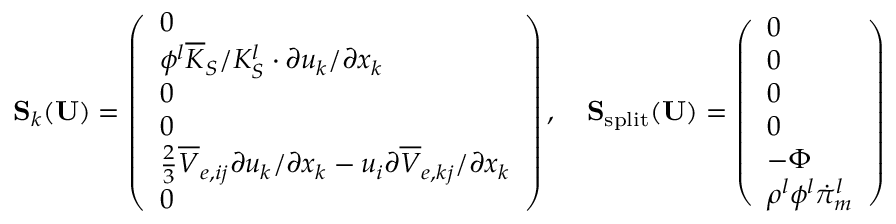
\mathbf { S } _ { k } ( \mathbf { U } ) = \left( \begin{array} { l } { 0 } \\ { \phi ^ { l } \overline { { K } } _ { S } / K _ { S } ^ { l } \cdot \partial u _ { k } / \partial x _ { k } } \\ { 0 } \\ { 0 } \\ { \frac { 2 } { 3 } \overline { { V } } _ { e , i j } \partial u _ { k } / \partial x _ { k } - u _ { i } \partial \overline { { V } } _ { e , k j } / \partial x _ { k } } \\ { 0 } \end{array} \right) , \quad \mathbf { S } _ { \mathrm { s p l i t } } ( \mathbf { U } ) = \left( \begin{array} { l } { 0 } \\ { 0 } \\ { 0 } \\ { 0 } \\ { - \boldsymbol \Phi } \\ { \rho ^ { l } \phi ^ { l } \dot { \pi } _ { m } ^ { l } } \end{array} \right)